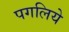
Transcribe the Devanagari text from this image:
पगलिये